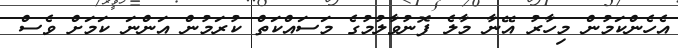
އެހެންކަމުން މިހާރު އޭނާ މާލެ ފޮނުވާލުމުގެ މަސައްކަތް ކުރަމުން އަންނަ ކަމަށް ވެސް